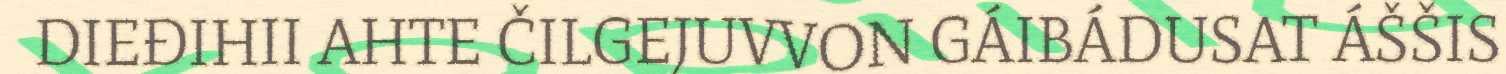
DIEĐIHII AHTE ČILGEJUVVON GÁIBÁDUSAT ÁŠŠIS